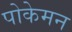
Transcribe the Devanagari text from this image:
पोकेमन